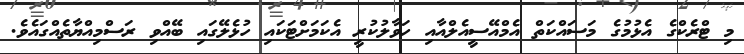
މި ޓްރެކްގެ އެޅުމުގެ މަސައްކަތް އެމްއޭސީއެލްއާއި ހަވާލުކުރީ އެކަމަށްޓަކައި ހުޅެލޭގައި ބޭއްވި ރަސްމިއްޔާތެއްގައެވެ.